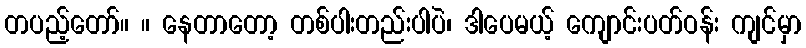
တပည့်တော်။ ။ နေတာတော့ တစ်ပါးတည်းပါပဲ၊ ဒါပေမယ့် ကျောင်းပတ်ဝန်း ကျင်မှာ